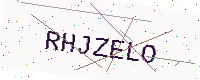
Text: RHJZELO